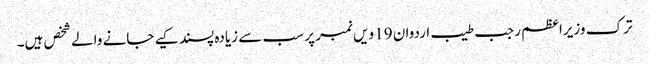
ترک وزیراعظم رجب طیب اردوان 19 ویں نمبر پر سب سے زیادہ پسند کیے جانے والے شخص ہیں۔